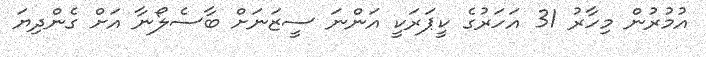
އުމުރުން މިހާރު 31 އަހަރުގެ ކީޕަރަކީ އަންނަ ސީޒަނަށް ބާސެލޯނާ އަށް ގެންދިޔަ